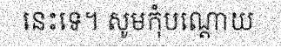
នេះទេ។ សូមកុំបណ្តោយ